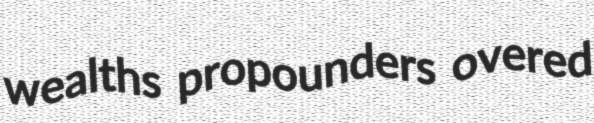
wealths propounders overed